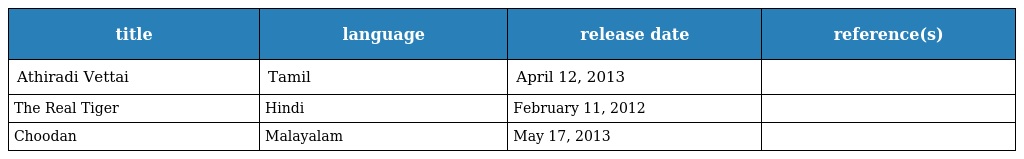
| title | language | release date | reference(s) |
 | --- | --- | --- | --- |
 | Athiradi Vettai | Tamil | April 12, 2013 |  |
 | The Real Tiger | Hindi | February 11, 2012 |  |
 | Choodan | Malayalam | May 17, 2013 |  |